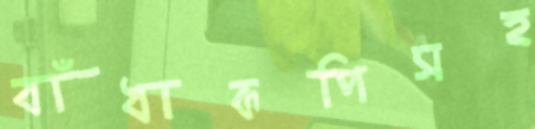
বাঁধাকপিসহ